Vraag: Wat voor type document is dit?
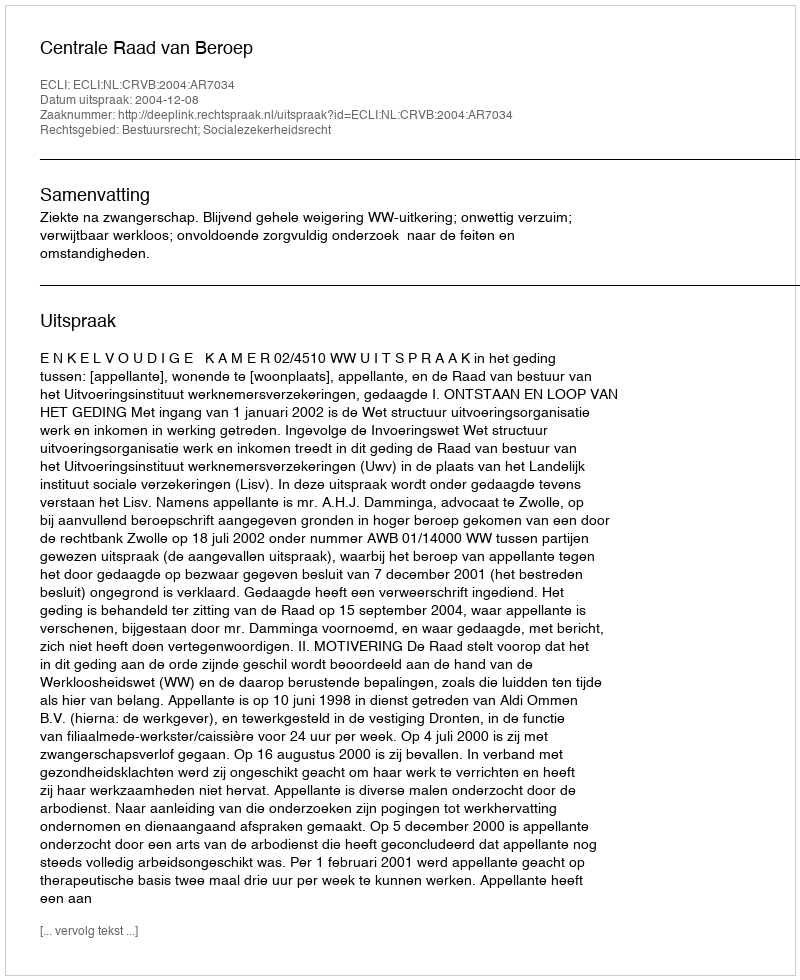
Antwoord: Uitspraak